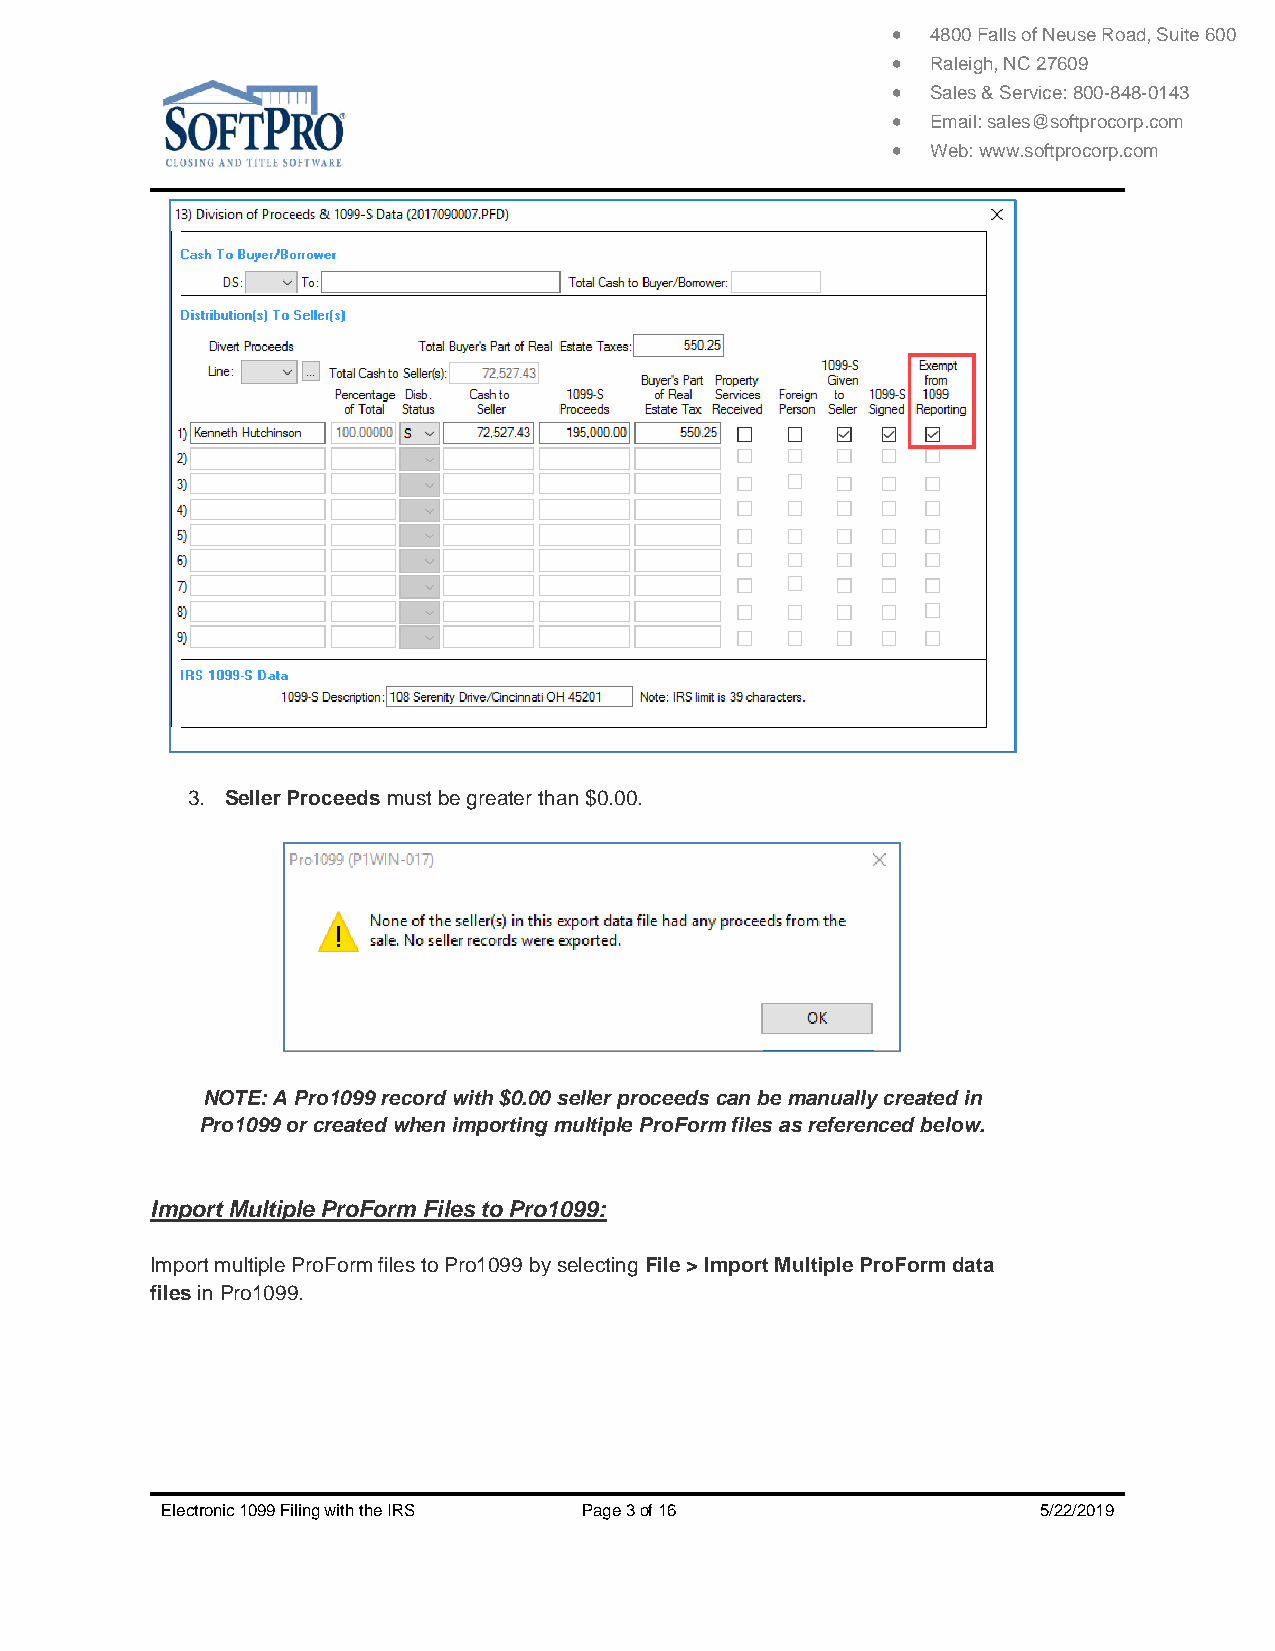
  4800 Falls of Neuse Road, Suite 600
   Raleigh, NC 27609
   Sales & Service: 800-848-0143
   Email: sales@softprocorp.com
   Web: www.softprocorp.com
 3. Seller Proceeds must be greater than $0.00.
 NOTE: A Pro1099 record with $0.00 seller proceeds can be manually created in
 Pro1099 or created when importing multiple ProForm files as referenced below.
 Import Multiple ProForm Files to Pro1099:
 Import multiple ProForm files to Pro1099 by selecting File > Import Multiple ProForm data
 files in Pro1099.
 Electronic 1099 Filing with the IRS Page 3 of 16          5/22/2019